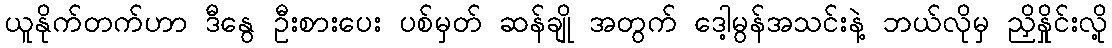
ယူနိုက်တက်ဟာ ဒီနွေ ဦးစားပေး ပစ်မှတ် ဆန်ချို အတွက် ဒေါ့မွန်အသင်းနဲ့ ဘယ်လိုမှ ညှိနှိုင်းလို့